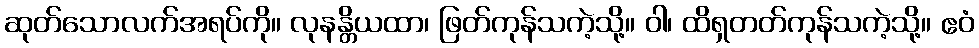
ဆုတ်သောလက်အရပ်ကို။ လုနန္တိယထာ၊ ဖြတ်ကုန်သကဲ့သို့။ ဝါ၊ ထိရှတတ်ကုန်သကဲ့သို့။ ဧဝံ